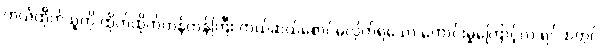
ကယ်ထိုက်သူကို ထိုက်ထိုက်တန်တန်ကြီး ကယ်ဆယ်စောင်မလိုက်ရသော ကောင်းမှုကြောင့်လဲ ရင်ထဲတွင်